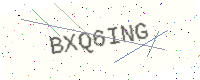
Text: BXQ6ING